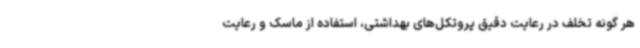
هر گونه تخلف در رعایت دقیق پروتکل‌های بهداشتی، استفاده از ماسک و رعایت